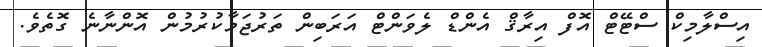
އިސްލާމިކް ސްޓޭޓް އޮފް އިރާޤް އެންޑް ލެވަންޓް އަރަބިން ތަރުޖަމާކުރުމުން އޮންނާނެ ގޮތެވެ.